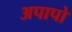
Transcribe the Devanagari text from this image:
अपापो